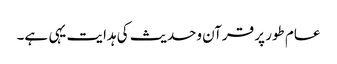
عام طور پر قرآن وحدیث کی ہدایت یہی ہے۔